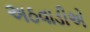
અઠવાડીએ